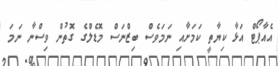
އެއާޕޯޓް އަޅާ ކިޔާތީ ކަމަށާއި ނަމަވެސް ބިޒްނަސް މޮޑެލްގެ ގޮތުން ވިސްނާ ނަމަ